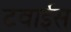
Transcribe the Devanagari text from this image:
टवाईस